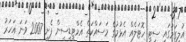
އުލިގަމުގައި ސިޓީ ހޮޓަލެއް އެޅުމުގެ މަސައްކަތް އެމްޓީޑީސީން ފެށީ 2007 ވަނަ އަހަރު